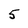
Character: 5